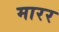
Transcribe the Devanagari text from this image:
मारर